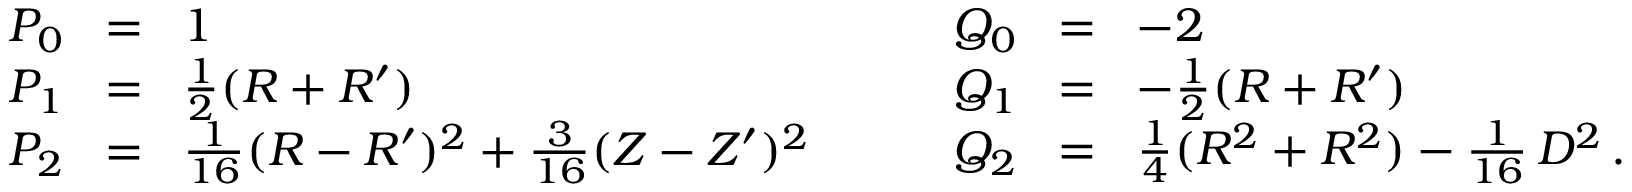
\begin{array} { r c l } { P _ { 0 } \! } & { = } & { \! 1 } \\ { P _ { 1 } \! } & { = } & { \! \frac { 1 } { 2 } ( R + R ^ { \prime } ) } \\ { P _ { 2 } \! } & { = } & { \! \frac { 1 } { 1 6 } ( R - R ^ { \prime } ) ^ { 2 } + \frac { 3 } { 1 6 } ( Z - Z ^ { \prime } ) ^ { 2 } } \end{array} \qquad \begin{array} { r c l } { Q _ { 0 } \! } & { = } & { \! - 2 } \\ { Q _ { 1 } \! } & { = } & { \! - \frac { 1 } { 2 } ( R + R ^ { \prime } ) } \\ { Q _ { 2 } \! } & { = } & { \! \frac { 1 } { 4 } ( R ^ { 2 } + R ^ { 2 } ) - \frac { 1 } { 1 6 } \, D ^ { 2 } \, . } \end{array}